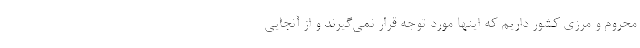
محروم و مرزی کشور داریم که اینها مورد توجه قرار نمی‌گیرند و از آنجایی